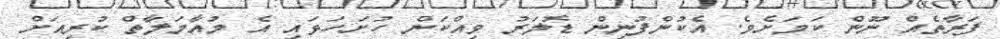
ފަރާތެއް ނޫން ކަމަށެވެ. އެކުންފުނިން ޑޮލަރު ވިއްކަން ހުށަހަޅައި އެ މުއާމަލާތް ކުރިއަށް